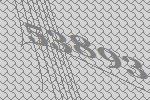
53893